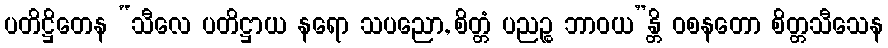
ပတိဋ္ဌိတေန “သီလေ ပတိဋ္ဌာယ နရော သပညော, စိတ္တံ ပညဉ္စ ဘာဝယ”န္တိ ဝစနတော စိတ္တသီသေန